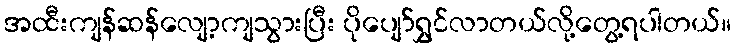
အထီးကျန်ဆန်လျော့ကျသွားပြီး ပိုပျော်ရွှင်လာတယ်လို့တွေ့ရပါတယ်။